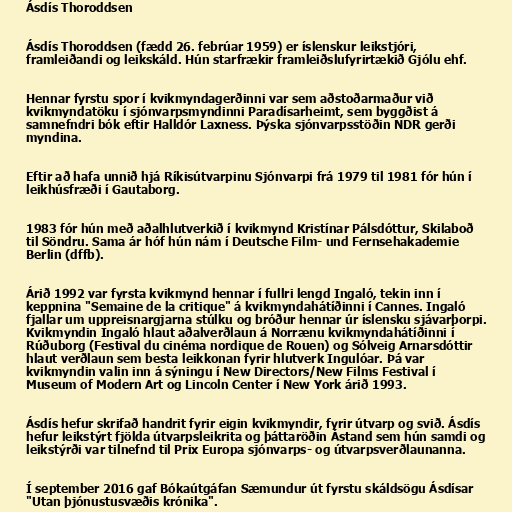
Ásdís Thoroddsen

Ásdís Thoroddsen (fædd 26. febrúar 1959) er íslenskur leikstjóri,
framleiðandi og leikskáld. Hún starfrækir framleiðslufyrirtækið Gjólu ehf.

Hennar fyrstu spor í kvikmyndagerðinni var sem aðstoðarmaður við
kvikmyndatöku í sjónvarpsmyndinni Paradísarheimt, sem byggðist á
samnefndri bók eftir Halldór Laxness. Þýska sjónvarpsstöðin NDR gerði
myndina.

Eftir að hafa unnið hjá Ríkisútvarpinu Sjónvarpi frá 1979 til 1981 fór hún í
leikhúsfræði í Gautaborg.

1983 fór hún með aðalhlutverkið í kvikmynd Kristínar Pálsdóttur, Skilaboð
til Söndru. Sama ár hóf hún nám í Deutsche Film- und Fernsehakademie
Berlin (dffb).

Árið 1992 var fyrsta kvikmynd hennar í fullri lengd Ingaló, tekin inn í
keppnina "Semaine de la critique" á kvikmyndahátíðinni í Cannes. Ingaló
fjallar um uppreisnargjarna stúlku og bróður hennar úr íslensku sjávarþorpi.
Kvikmyndin Ingaló hlaut aðalverðlaun á Norrænu kvikmyndahátíðinni í
Rúðuborg (Festival du cinéma nordique de Rouen) og Sólveig Arnarsdóttir
hlaut verðlaun sem besta leikkonan fyrir hlutverk Ingulóar. Þá var
kvikmyndin valin inn á sýningu í New Directors/New Films Festival í
Museum of Modern Art og Lincoln Center í New York árið 1993.

Ásdís hefur skrifað handrit fyrir eigin kvikmyndir, fyrir útvarp og svið. Ásdís
hefur leikstýrt fjölda útvarpsleikrita og þáttaröðin Ástand sem hún samdi og
leikstýrði var tilnefnd til Prix Europa sjónvarps- og útvarpsverðlaunanna.

Í september 2016 gaf Bókaútgáfan Sæmundur út fyrstu skáldsögu Ásdísar
"Utan þjónustusvæðis krónika".